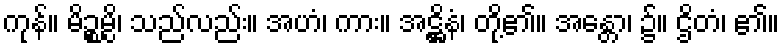
ကုန်။ မိဉ္စမ္ပိ၊ သည်လည်း။ အဟံ၊ ကား။ အဋ္ဌိနံ၊ တို့၏။ အန္တော၊ ၌။ ဌိတံ၊ ၏။